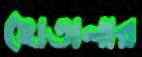
হোতালার